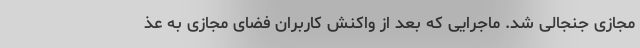
مجازی جنجالی شد. ماجرایی که بعد از واکنش کاربران فضای مجازی به عذ